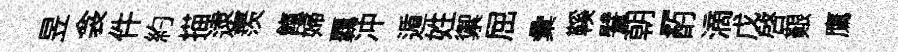
昱衾件約描逮羨餼婦覊冲遁姓禦屈彙鞵譬朝-酌滴戊啓艱鷹